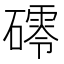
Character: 𥖟